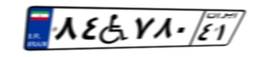
۱۹W۹۱۶۹۴